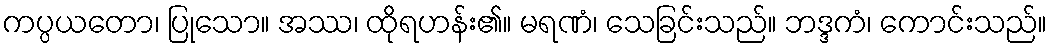
ကပ္ပယတော၊ ပြုသော။ အဿ၊ ထိုရဟန်း၏။ မရဏံ၊ သေခြင်းသည်။ ဘဒ္ဒကံ၊ ကောင်းသည်။